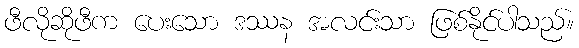
ဖီလိုဆိုဖီက ပေးသော ဒဿန အလင်းသာ ဖြစ်နိုင်ပါသည်။